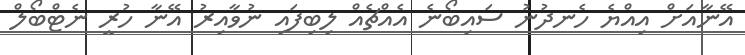
އޭނާއަށް އިއްޔެ ހެނދުނު ސައިބޯނެ އެއްޗެއް ލިބިފައި ނުވާއިރު އޭނާ ހުރީ ނެޓްބޯލް